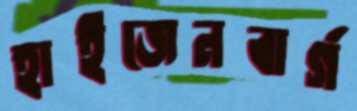
হাইজেনবার্গ